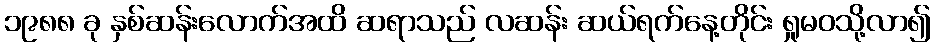
၁၉၈၈ ခု နှစ်ဆန်းလောက်အထိ ဆရာသည် လဆန်း ဆယ်ရက်နေ့တိုင်း ရှုမဝသို့လာ၍